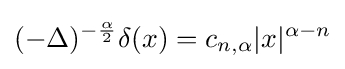
(-\Delta )^{-{\frac {\alpha }{2}}}\delta (x)=c_{n,\alpha }|x|^{\alpha -n}